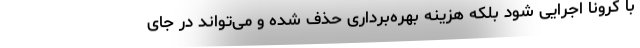
با کرونا اجرایی شود بلکه هزینه بهره‌برداری حذف شده و می‌تواند در جای